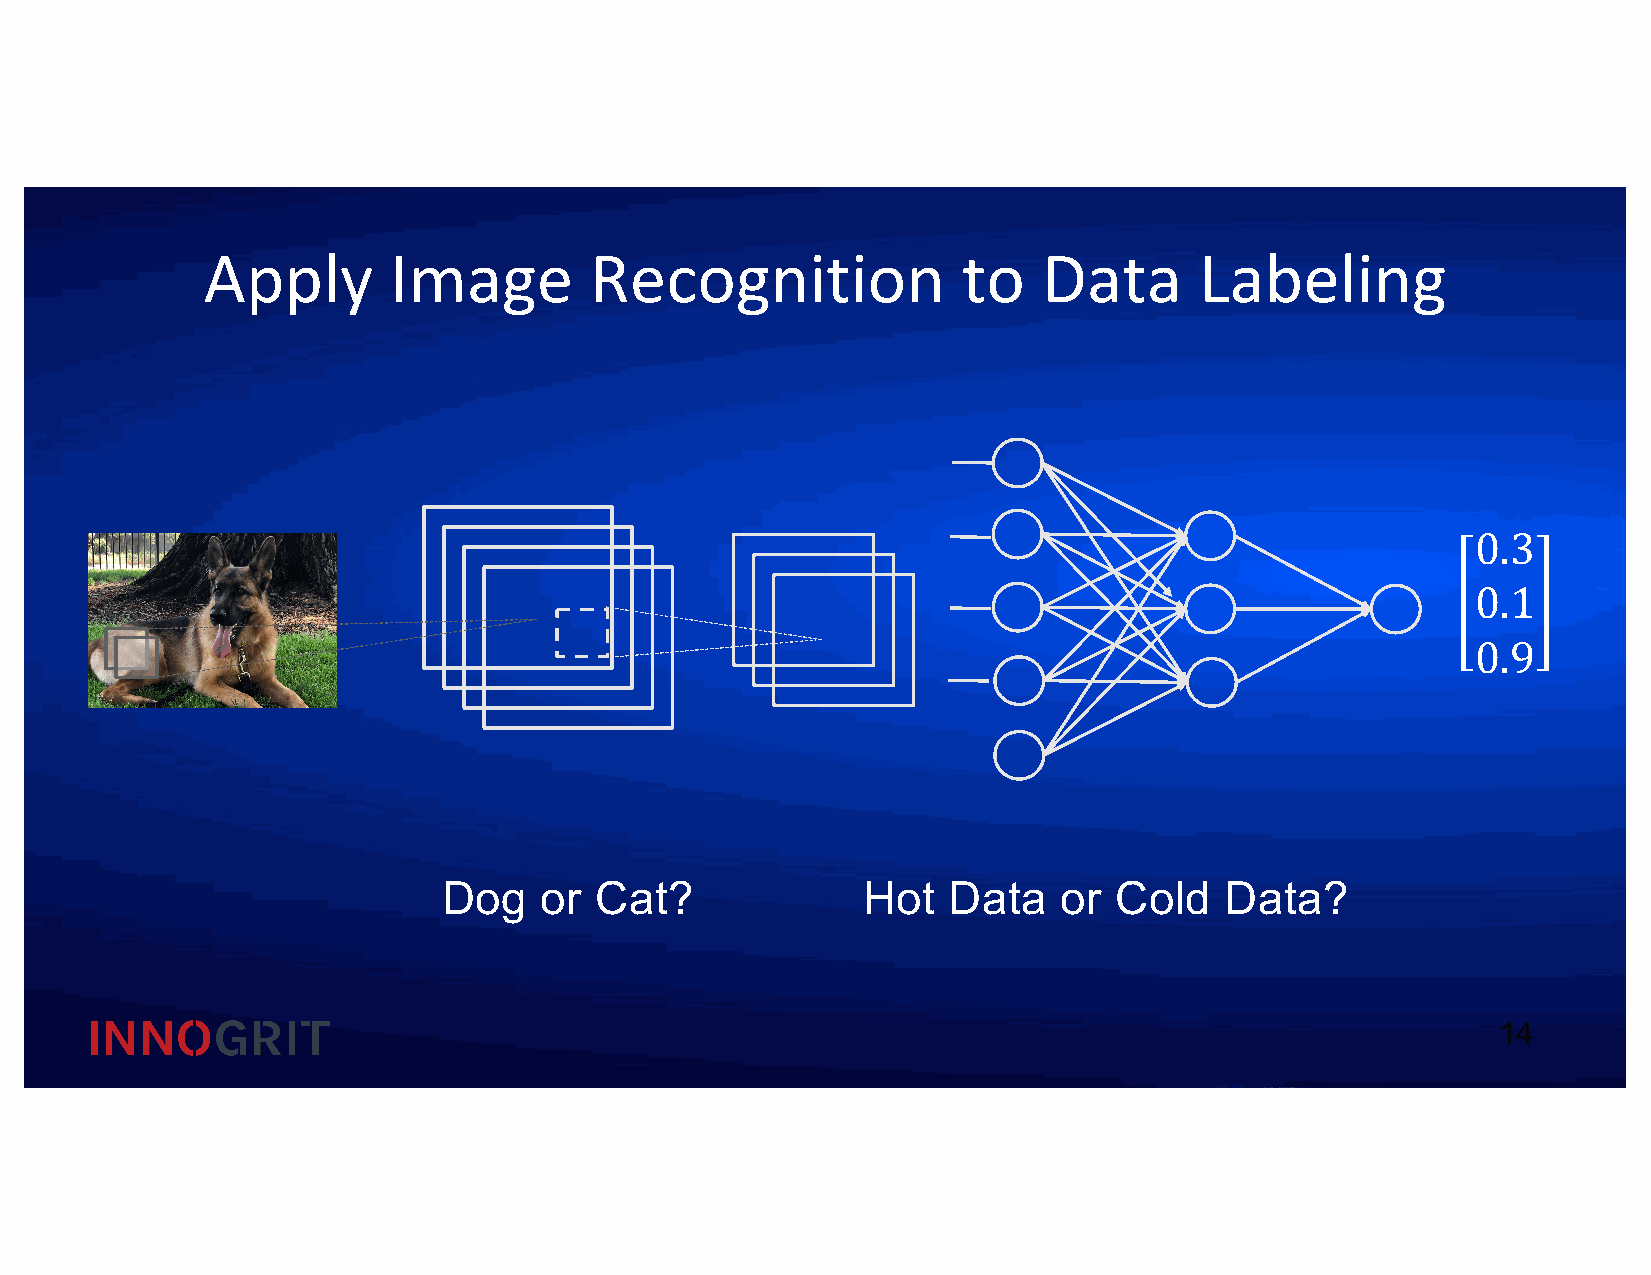
Apply        Image        Recognition              to   Data      Labeling
 0.3
 0.1
 0.9
 Dog    or Cat?              Hot   Data   or  Cold   Data?
 14